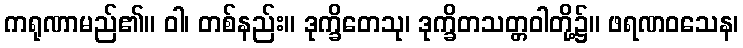
ကရုဏာမည်၏။ ဝါ၊ တစ်နည်း။ ဒုက္ခိတေသု၊ ဒုက္ခိတသတ္တဝါတို့၌။ ဖရဏဝသေန၊